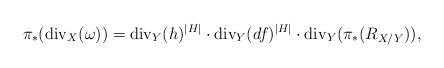
LaTeX: \begin{align*}\pi_* (\mathrm{div}_X(\omega ))=\mathrm{div}_Y(h)^{|H|}\cdot \mathrm{div}_Y(df)^{|H|} \cdot \mathrm{div}_Y(\pi_*(R_{X/Y})), \end{align*}